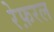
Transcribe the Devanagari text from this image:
रेफ़रल